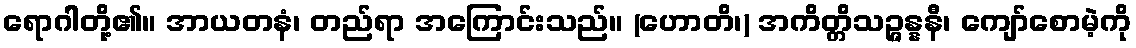
ရောဂါတို့၏။ အာယတနံ၊ တည်ရာ အကြောင်းသည်။ (ဟောတိ၊) အကိတ္တိသဉ္ဇန္နနီ၊ ကျော်စောမဲ့ကို